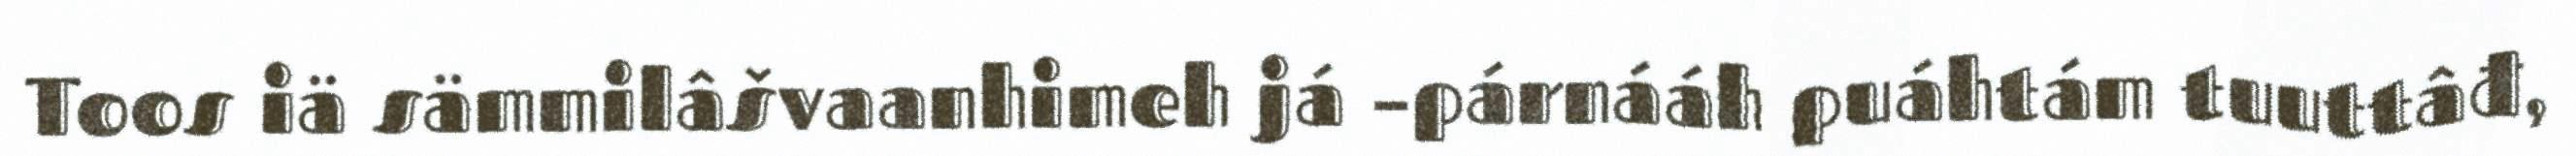
Toos iä sämmilâšvaanhimeh já –párnááh puáhtám tuuttâđ,